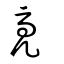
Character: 亮